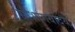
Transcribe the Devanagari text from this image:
सौभागयोदय